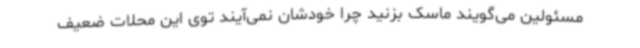
مسئولین می‌گویند ماسک بزنید چرا خودشان نمی‌آیند توی این محلات ضعیف